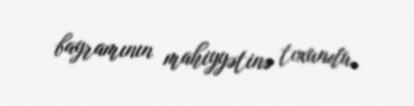
bayramının mahiyyətinə toxundu.